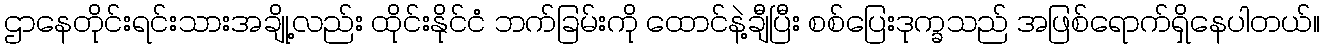
ဌာနေတိုင်းရင်းသားအချို့လည်း ထိုင်းနိုင်ငံ ဘက်ခြမ်းကို ထောင်နဲ့ချီပြီး စစ်ပြေးဒုက္ခသည် အဖြစ်ရောက်ရှိနေပါတယ်။